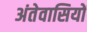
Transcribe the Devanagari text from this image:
अंतेवासियों